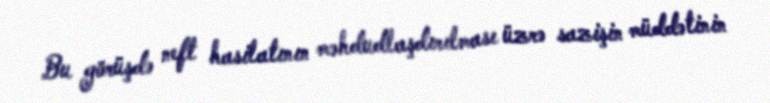
Bu görüşdə neft hasilatının məhdudlaşdırılması üzrə sazişin müddətinin